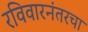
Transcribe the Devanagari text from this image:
रविवारनंतरचा